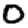
Digit: 0